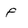
Character: P